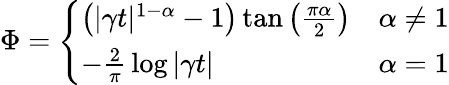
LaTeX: \Phi={\left\{ \begin{array}{ll}{\left(|\gamma t|^{1-\alpha}-1\right)\tan\left({\frac{\pi\alpha}{2}}\right)}&{\alpha\neq 1}\\ {-{\frac{2}{\pi}}\log|\gamma t|}&{\alpha=1}\end{array}\right.}